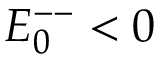
E _ { 0 } ^ { -- } < 0